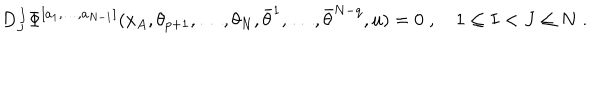
LaTeX: D _ { J } ^ { \, I } \Phi ^ { [ a _ { 1 } , \ldots , a _ { N - 1 } ] } ( x _ { A } , \theta _ { p + 1 } , \ldots , \theta _ { N } , \bar { \theta } ^ { 1 } , \ldots , \bar { \theta } ^ { N - q } , u ) = 0 \; , \quad 1 \leq I < J \leq N \; .